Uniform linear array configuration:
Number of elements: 24
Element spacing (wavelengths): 0.5
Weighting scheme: binomial
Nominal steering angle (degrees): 45
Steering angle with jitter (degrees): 44.587
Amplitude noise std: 0.05
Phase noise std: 0.05

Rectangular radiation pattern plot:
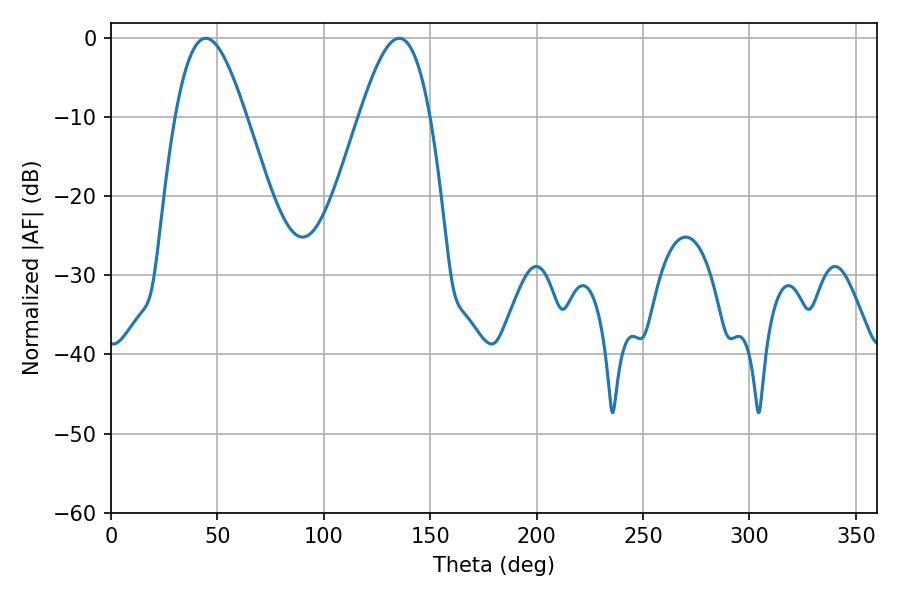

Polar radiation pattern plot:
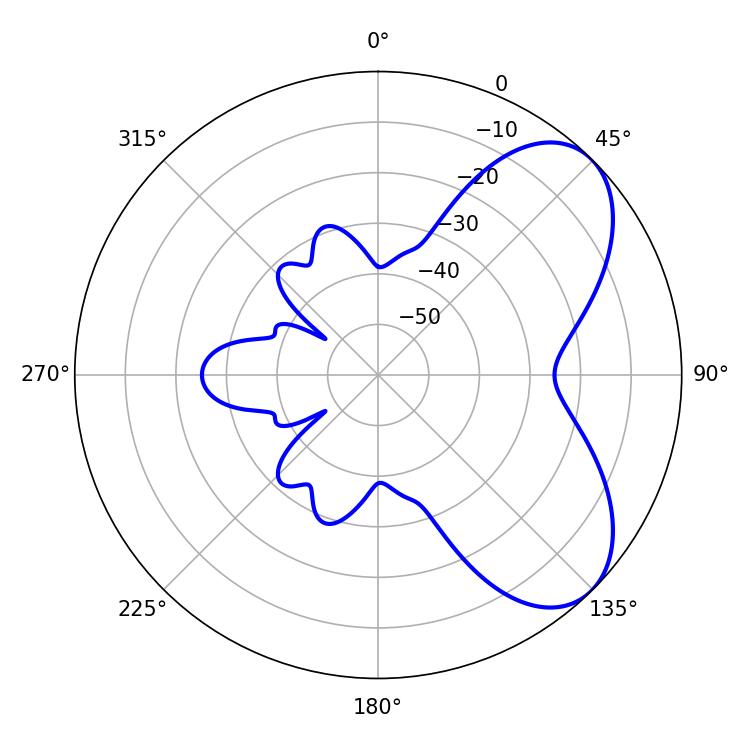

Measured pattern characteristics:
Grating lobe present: FALSE
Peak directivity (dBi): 6.128
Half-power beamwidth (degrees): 17.82
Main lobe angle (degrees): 44.64